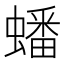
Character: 蟠